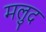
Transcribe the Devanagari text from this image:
मलुद